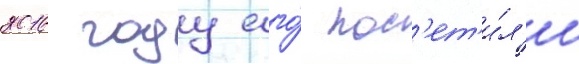
2016 году его́ пос'ет'и́л'и